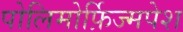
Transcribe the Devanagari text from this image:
पोलिमोर्फ़िज्मपेश